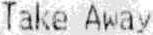
TAKE AWAY